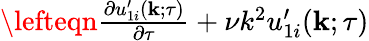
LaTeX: \begin{array}{rlr}{\lefteqn{\frac{\partial u_{1i}^{\prime}({\mathbf{k}};\tau)}{\partial\tau}+\nu k^{2}u_{1i}^{\prime}({\mathbf{k}};\tau)}}\end{array}